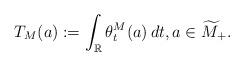
LaTeX: \begin{align*} T_M(a) := \int_\mathbb{R} \theta^M_t(a)\,dt, a \in \widetilde{M}_+. \end{align*}